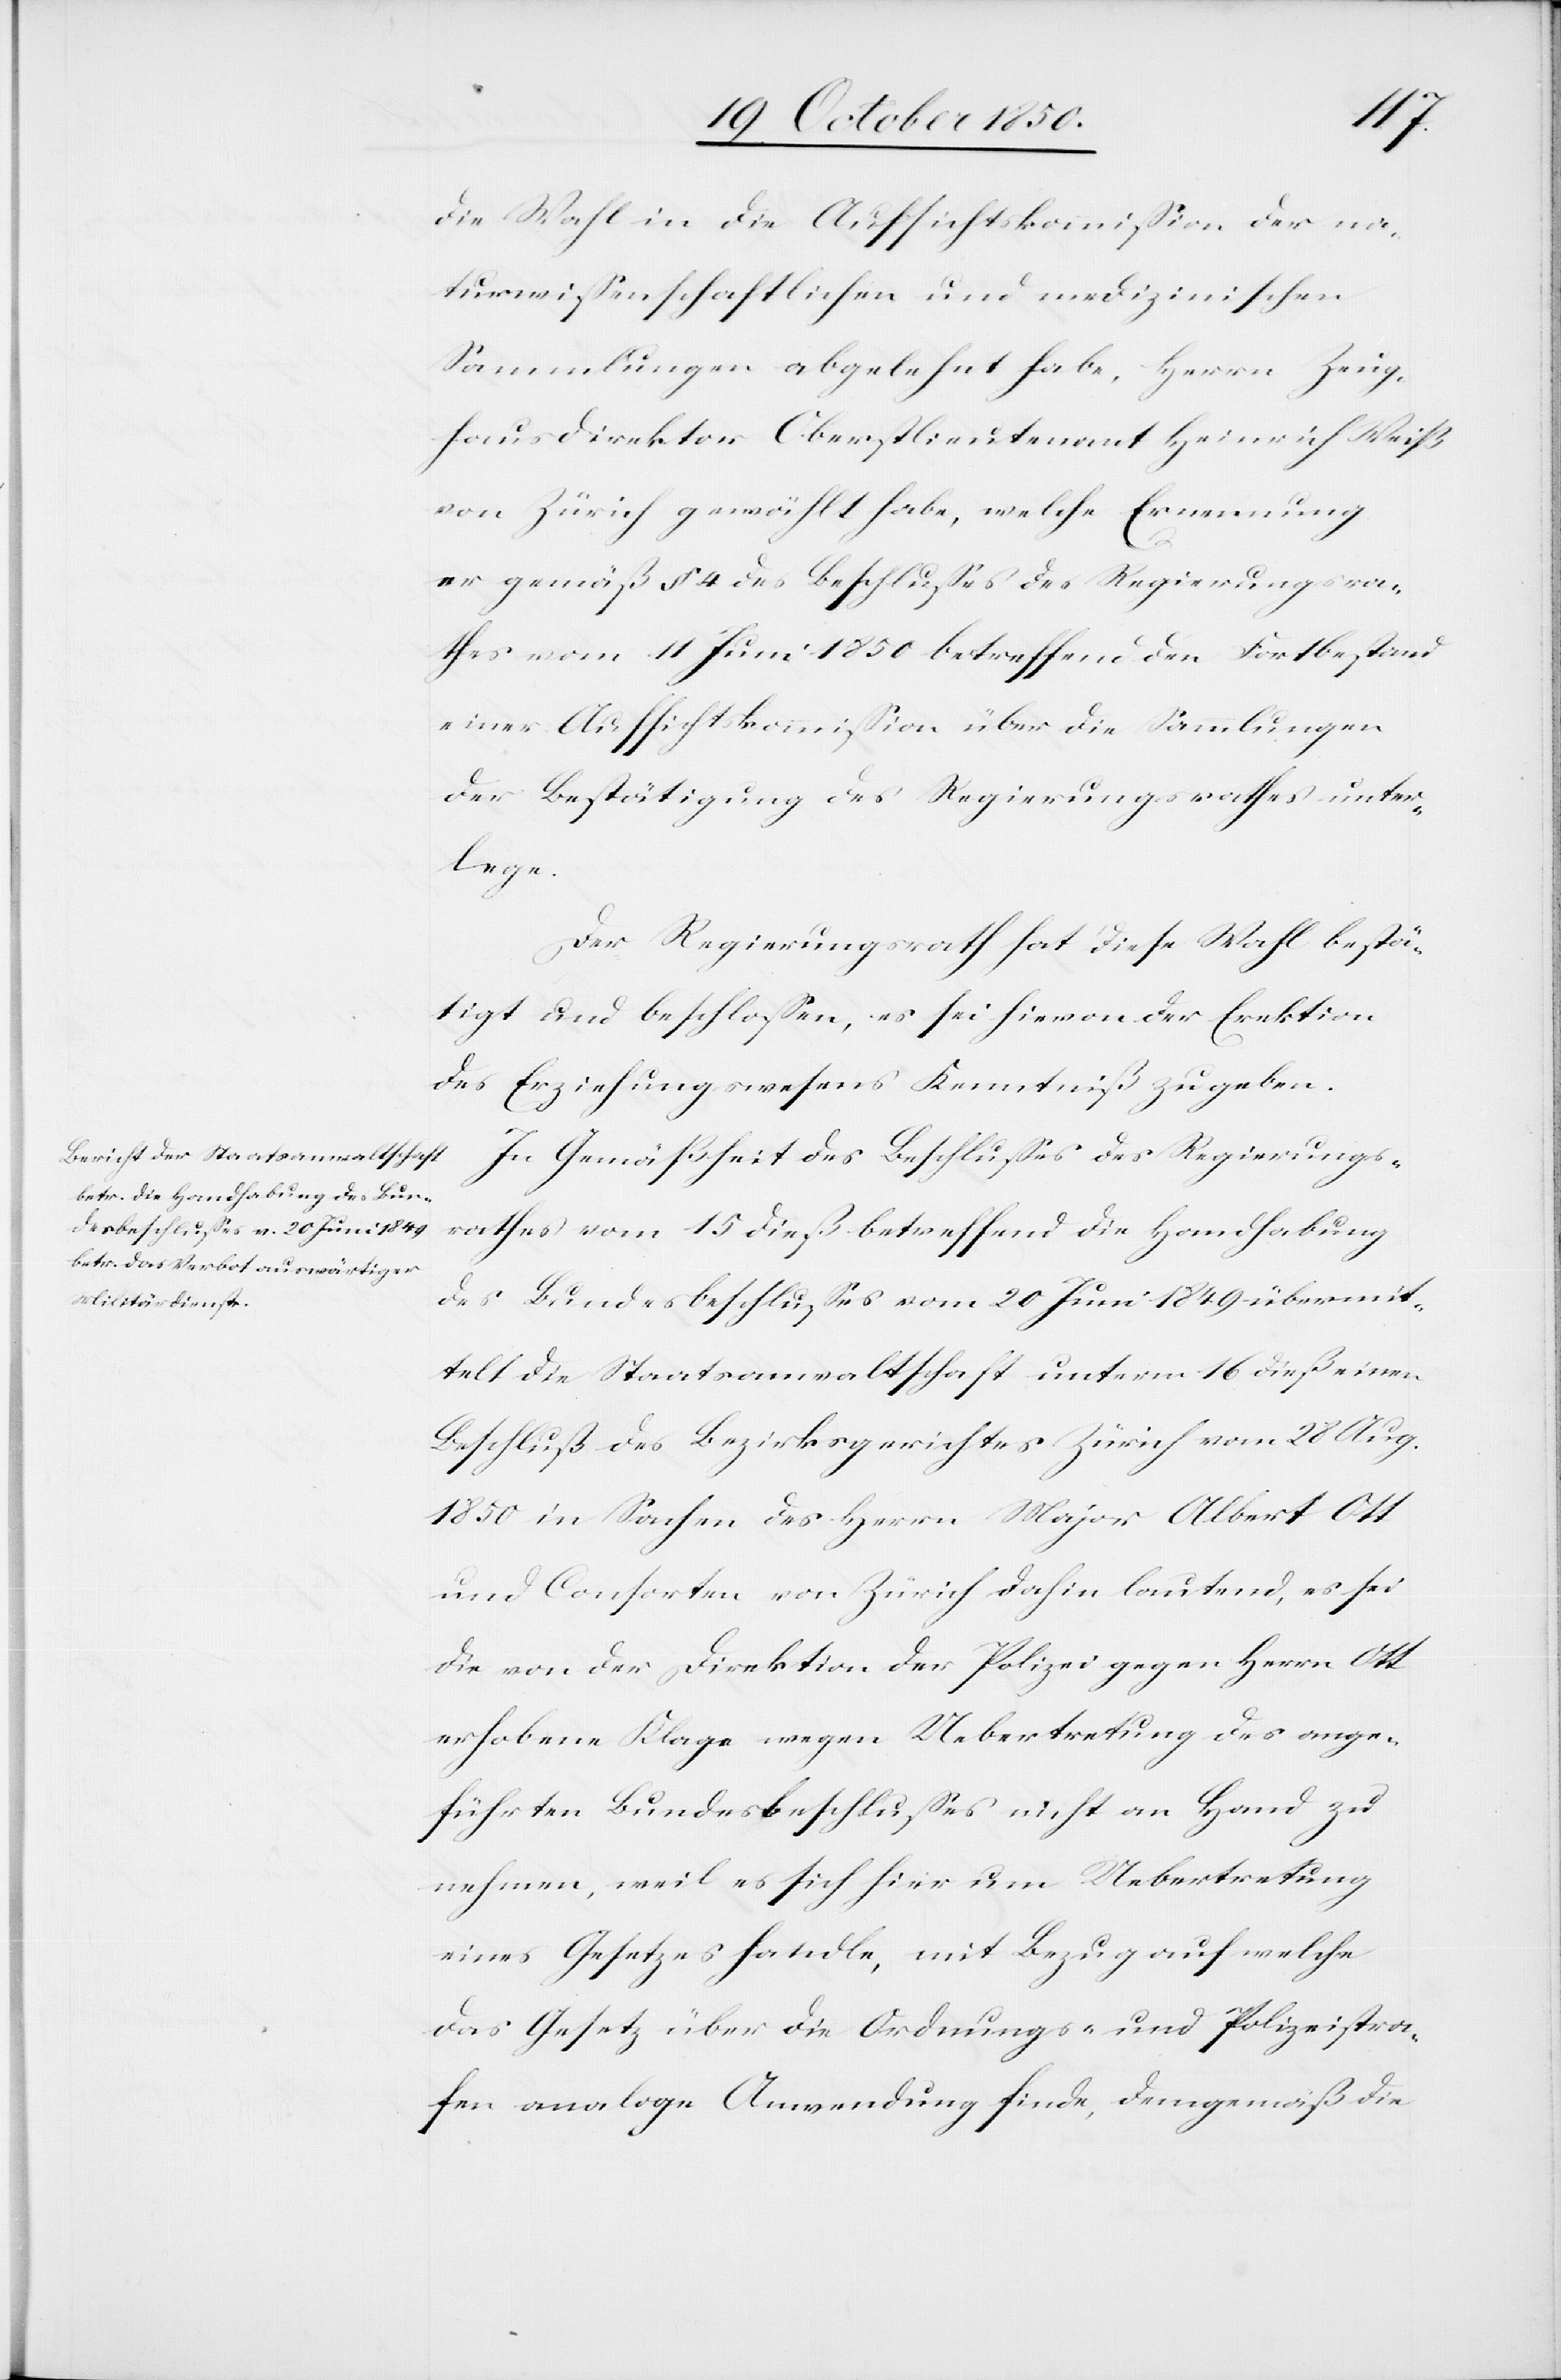
die Wahl in die Aufsichtskommission der na¬
turwissenschaftlichen und medizinischen
Sammlungen abgelehnt habe, Herrn Zeug¬
hausdirektor Oberstlieutenant Heinrich Weiß
von Zürich gewählt habe, welche Ernennung
er gemäß § 4 des Beschlusses des Regierungsra¬
thes vom 11 Juni 1850 betreffend den Fortbestand
einer Aufsichtskommission über die Sammlungen
der Bestätigung des Regierungsrathes unter¬
lege.
Der Regierungsrath hat diese Wahl bestä¬
tigt und beschlossen, es sei hievon der Erektion
des Erziehungswesens Kenntniß zu geben.
In Gemäßheit des Beschlusses des Regierungs¬
rathes vom 15 dieß betreffend die Handhabung
des Bundesbeschlusses vom 20 Juni 1849 übermit¬
telt die Staatsanwaltschaft unterm 16 dieß einen
Beschluß des Bezirksgerichtes Zürich vom 28 Aug.
1850 in Sachen des Herrn Major Albert Ott
und Consorten von Zürich dahin lautend, es sei
die von der Direktion der Polizei gegen Herrn Ott
erhobene Klage wegen Uebertretung des ange¬
führten Bundesbeschlusses nicht an Hand zu
nehmen, weil es sich hier um Uebertretung
eines Gesetzes handle, mit Bezug auf welche
das Gesetz über die Ordnungs- und Polizeistra¬
fen analoge Anwendung finde, demgemäß die